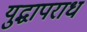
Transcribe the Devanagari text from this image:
युद्धापराध